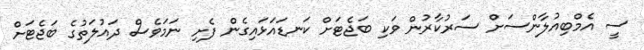
ސީ އެމްބިއުލާންސަށް ސަރުކާރުން ވަކި ބަޖެޓަށް ކަނޑައަޅައިގެން ފެށި ނަމަވެސް ދައުލަތުގެ ބަޖެޓަށް